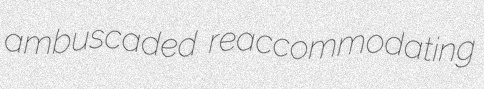
ambuscaded reaccommodating